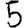
Digit: 5